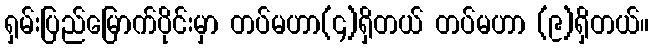
ရှမ်းပြည်မြောက်ပိုင်းမှာ တပ်မဟာ(၄)ရှိတယ် တပ်မဟာ (၉)ရှိတယ်။